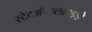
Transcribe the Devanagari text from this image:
स्टेटऑयलहाइड्रो